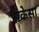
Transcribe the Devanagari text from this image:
सकेसा